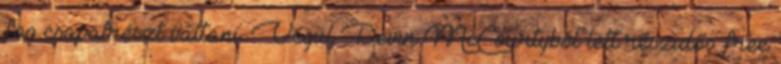
fog csapatrészt váltani. Végül Devin McCourtyból lett részidős free